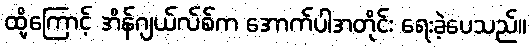
ထို့ကြောင့် အိန်ဂျယ်လ်စ်က အောက်ပါအတိုင်း ရေးခဲ့ပေသည်။